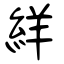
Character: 絴